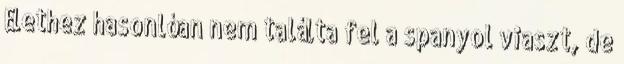
Élethez hasonlóan nem találta fel a spanyol viaszt, de